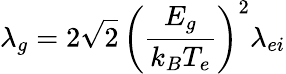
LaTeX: \lambda_{g}=2{\sqrt 2\left(\frac{E_{g}}{k_{B}T_{e}}\right)}^{2}\lambda_{ei}